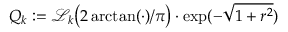
Q _ { k } : = \mathscr { L } _ { k } \big ( 2 \arctan ( \cdot ) / \pi \big ) \cdot \exp ( - \sqrt { 1 + r ^ { 2 } } )